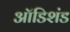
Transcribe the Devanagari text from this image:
ऑडिशंड